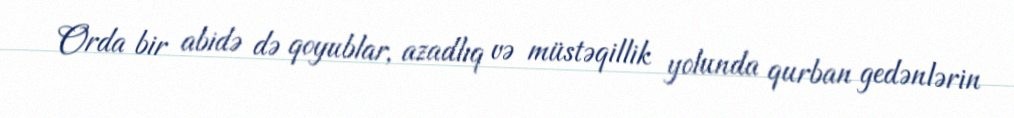
Orda bir abidə də qoyublar, azadlıq və müstəqillik yolunda qurban gedənlərin